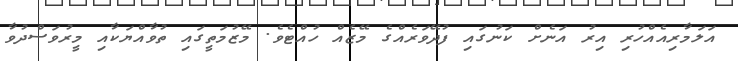
އަލަމާރިއެއްހުރި އިރު އަނެށް ކަނުގައި ފުދޭވަރެއްގެ މޭޒެއް ހުއްޓެވެ. މޭޒުމަތީގައި ތުވާއްޔަކާއި މީރުވަސްދުވާ